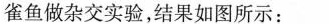
雀鱼做杂交实验，结果如图所示：